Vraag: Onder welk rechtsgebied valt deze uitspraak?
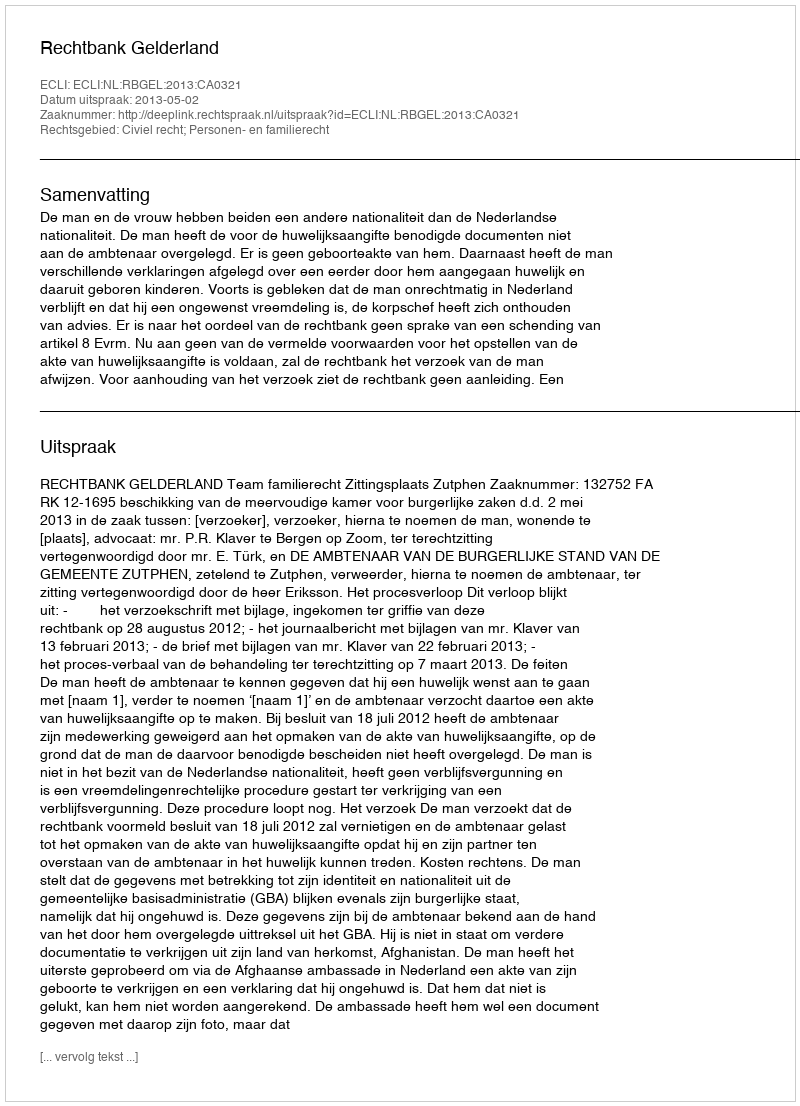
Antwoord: Civiel recht; Personen- en familierecht